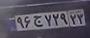
۹۶ج۷۲۹۲۲